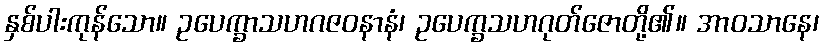
နှစ်ပါးကုန်သော။ ဥပေက္ခာသဟဂဇဝနာနံ၊ ဥပေက္ခသဟဂုတ်ဇောတို့၏။ အာဝသာနေ၊